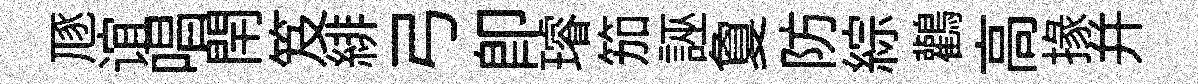
豗谊唱閈笈緋弓即璿笳誣夐防綜鸛高掾幷